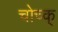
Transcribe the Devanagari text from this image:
चोच्क्